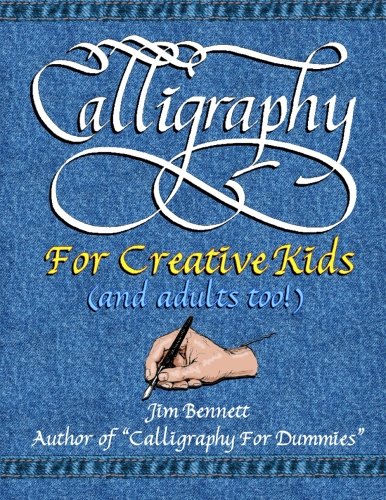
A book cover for Calligraphy for Creative Kids (and adults too!); Jim Bennett; Arts & Photography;